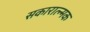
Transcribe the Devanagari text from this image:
सकारात्न्मक